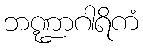
ဘဏ္ဍာဂါရိကံ